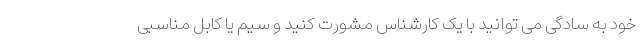
خود به سادگی می توانید با یک کارشناس مشورت کنید و سیم یا کابل مناسبی